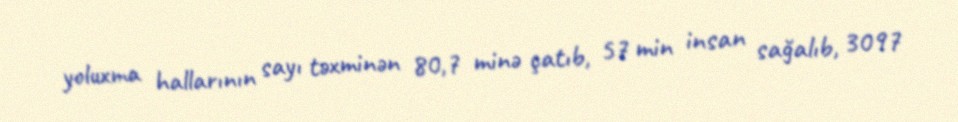
yoluxma hallarının sayı təxminən 80,7 minə çatıb, 57 min insan sağalıb, 3097